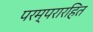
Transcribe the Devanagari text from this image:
परम्परारहित